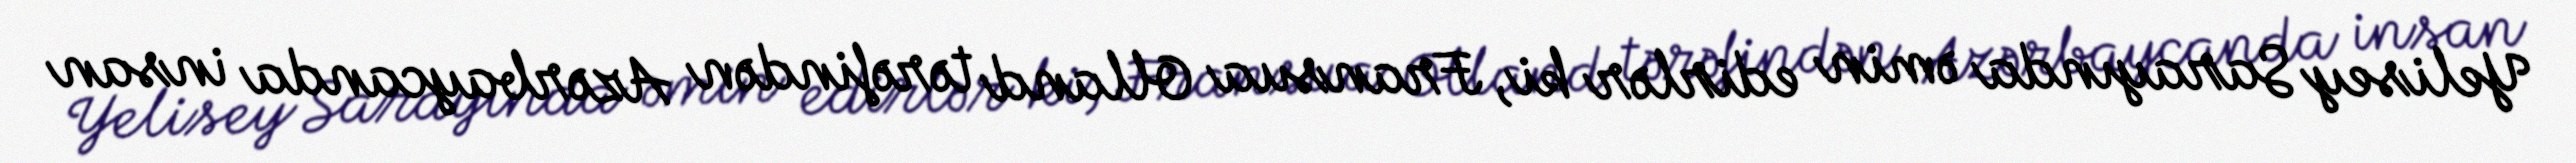
Yelisey Sarayında əmin edirlər ki, Fransua Olland tərəfindən Azərbaycanda insan